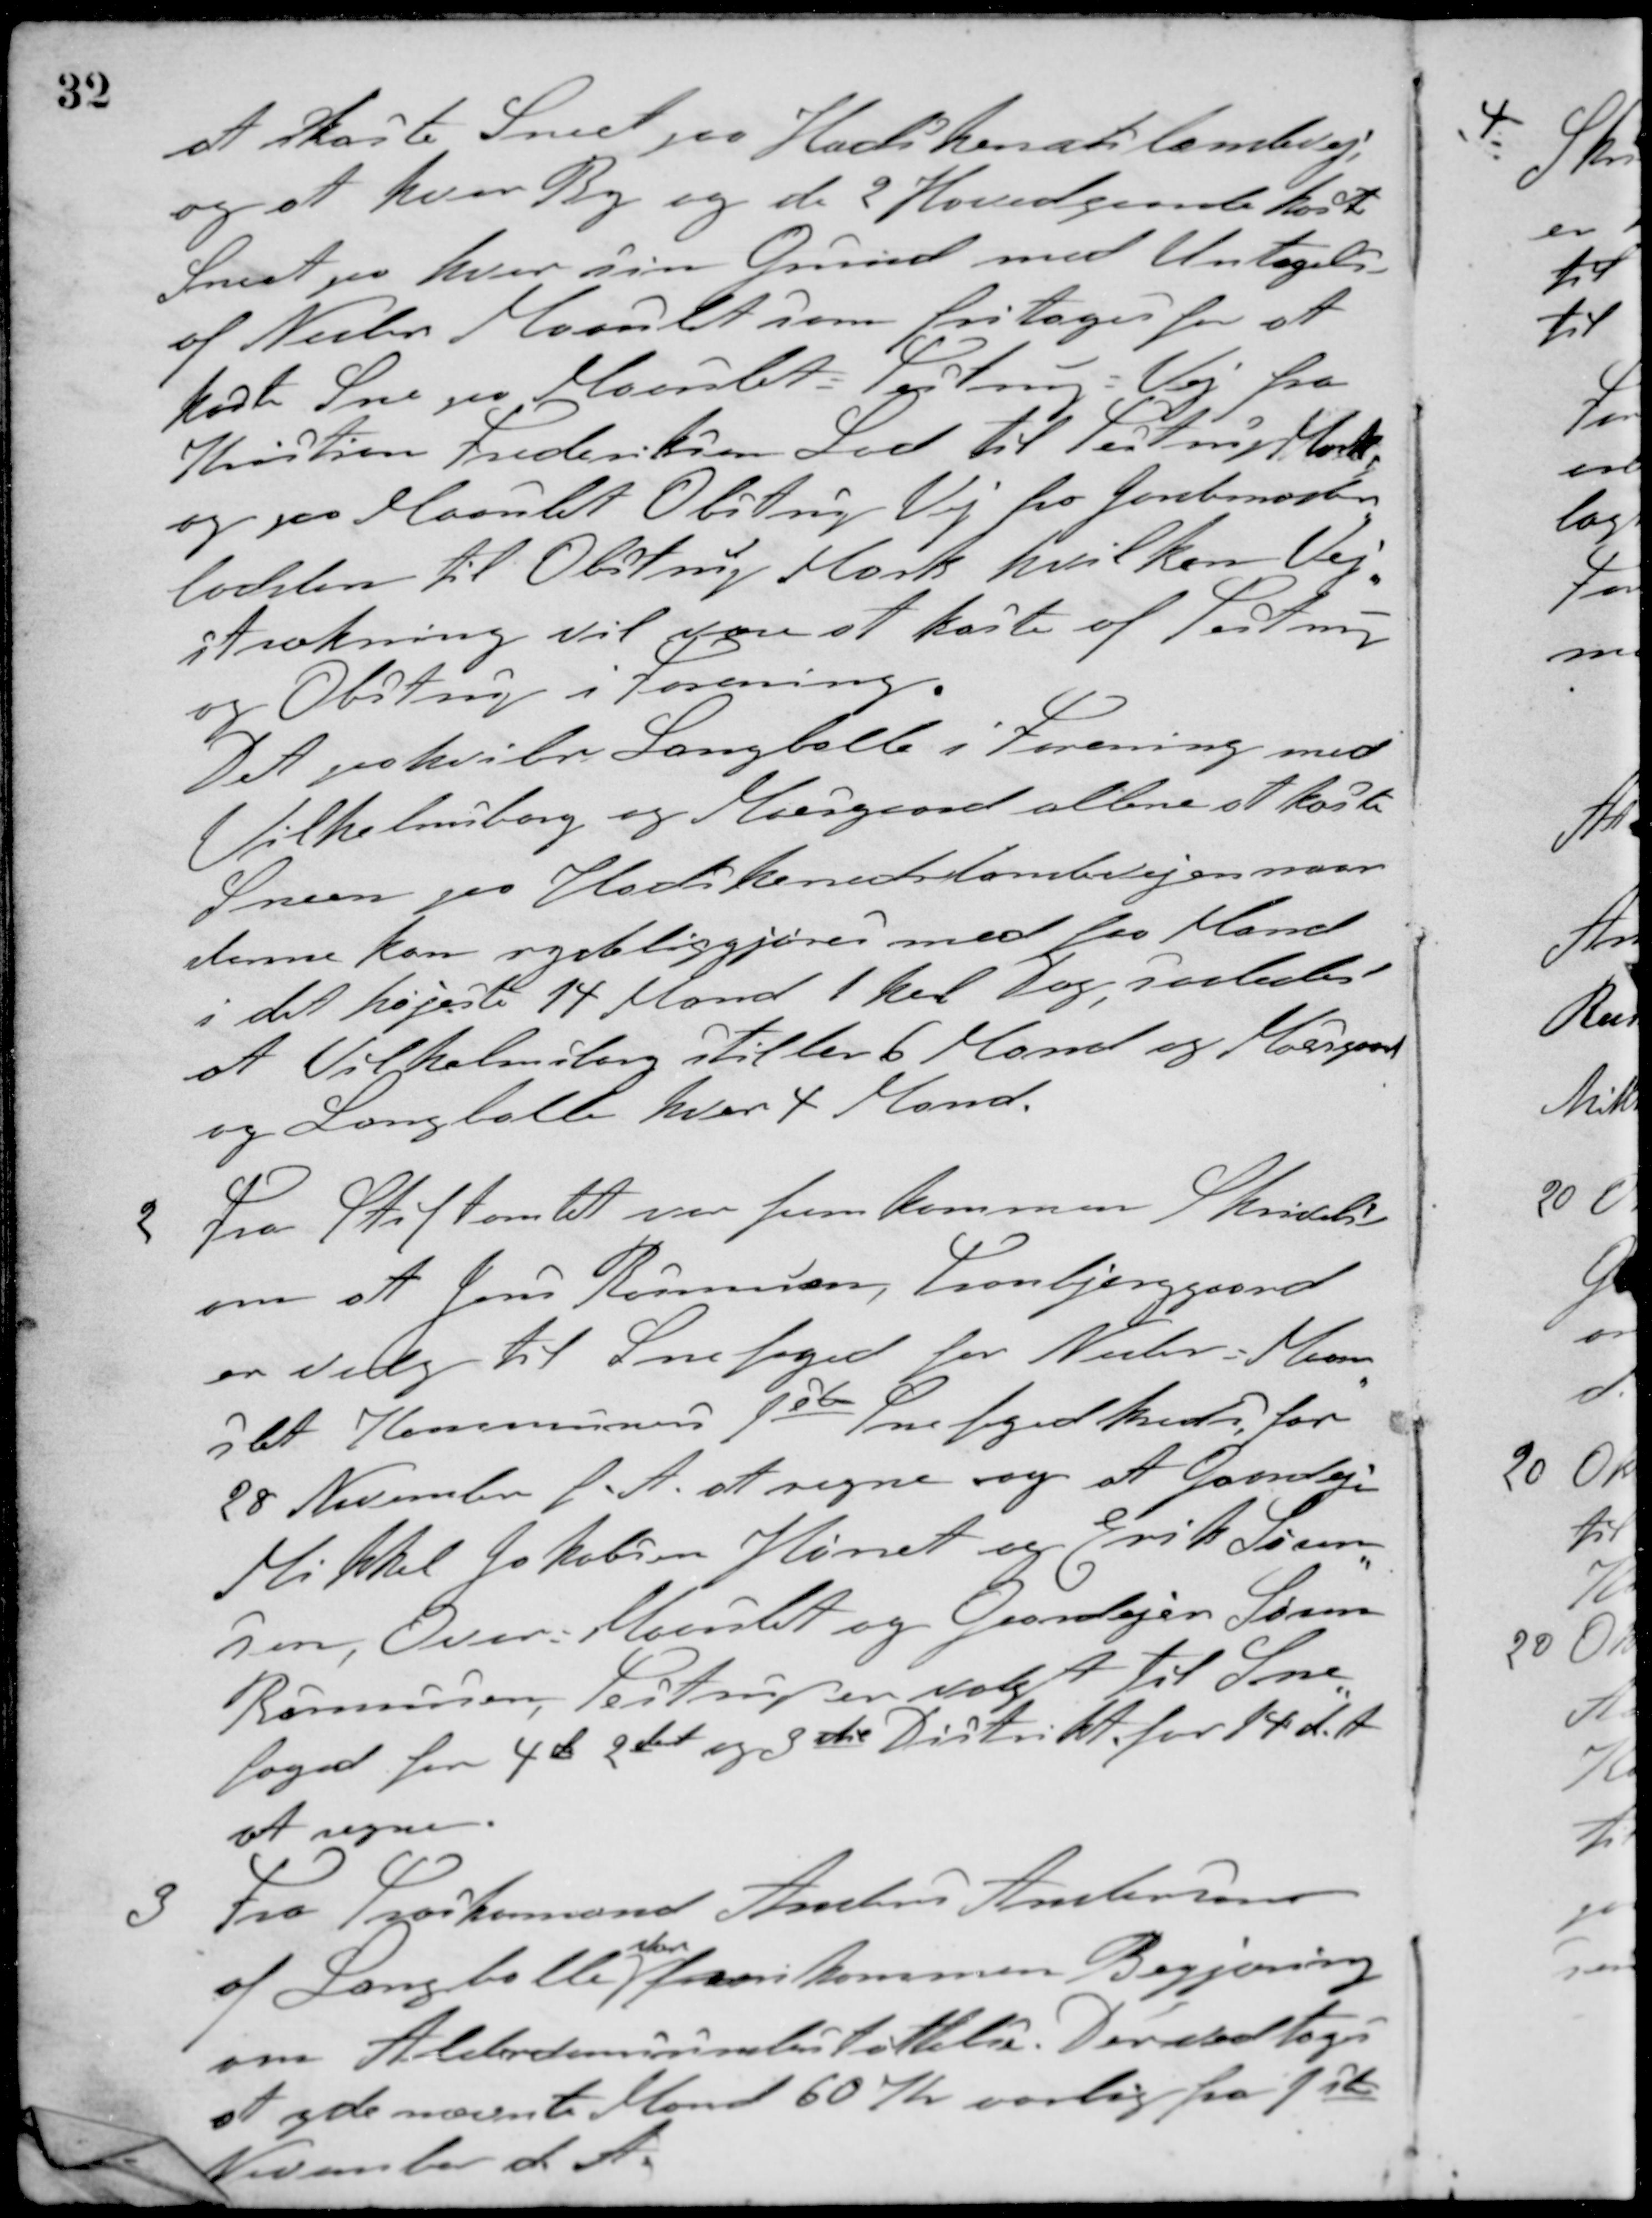
Transskription:
at skaste Sneet paa Hadsherredslandevej;
og at hver By og de 2 Hovedgaarde kaste
Sneet paa hver sin Grund med Untagelse
af Nedre Maarslet som fritages for at
kaste Sne paa Maarslet - Testrup - Vej fra
Kristian Frederiksens Lod til Testrup Mark
og paa Maarslet Obstrup Vej fra Jernbanexxx
lodslen til Obstrup Mark, hvilken Vej-
strækning vil være at kaste af Testrup
og Obstrup i forening.
Det paahviler Langballe i Forening med
Vilhelmsborg og Moesgaard allene at kaste
Sneen for Hadsherredslandevejen naar
denne kan rydeliggjøres med faa Mand
i det højeste 14 Mand 1 hel Dag, saaledes
at Vilhelmsborg stiller 6 Mand og Moesgaard
og Langballe hver 4 Mand.
2 Fra Stiftamtet var fremkommen Skrivelse
om at Jens Rasmussen, Tranbjerggaard
er valg til Snefoged for Neder - Maar-
slet Kommunes 1ste Snefogedkreds for
28 November f. A. at regne og at Gaardejer
Mikkel Jakobsen Hørret og Erik Søren-
sen, Over-Maarslet og Gaardejer Søren
Rasmussen, Testrup er valgt til Sne-
foged for 4de 2det og 3die Distrikt for 14 d. A.
at regne.
3 Fra Træskomand Anders Andersen
af Langballe
var
fremkommen Begjæring
om Alderdomsunderstøttelse. Der vedtoges
at yde nævnte Mand 60 Kr. aarlig fra 1ste
November d. A.